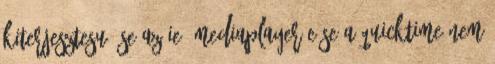
kiterjesztesu. Se az IE5 Mediaplayer-e se a QuickTime nem